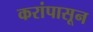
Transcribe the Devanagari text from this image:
करांपासून